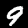
Digit: 9